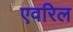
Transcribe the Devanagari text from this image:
एवरिल